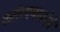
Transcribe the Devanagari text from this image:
कर्तव्यभावनेने